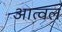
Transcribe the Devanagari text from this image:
आत्वल